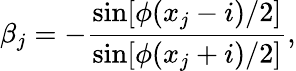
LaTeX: \beta_{j}=-\frac{\sin[\phi(x_{j}-i)/2]}{\sin[\phi(x_{j}+i)/2]},